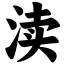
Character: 渎